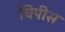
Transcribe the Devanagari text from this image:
चिपीस